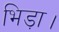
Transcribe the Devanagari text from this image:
भिड़ा।